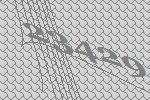
23429